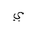
Letter: _ya